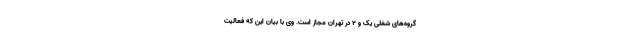
گروه‌های شغلی یک و ۲ در تهران مجاز است. وی با بیان این که فعالیت